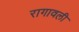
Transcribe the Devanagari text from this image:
रागावली